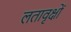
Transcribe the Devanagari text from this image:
लतावृक्षों